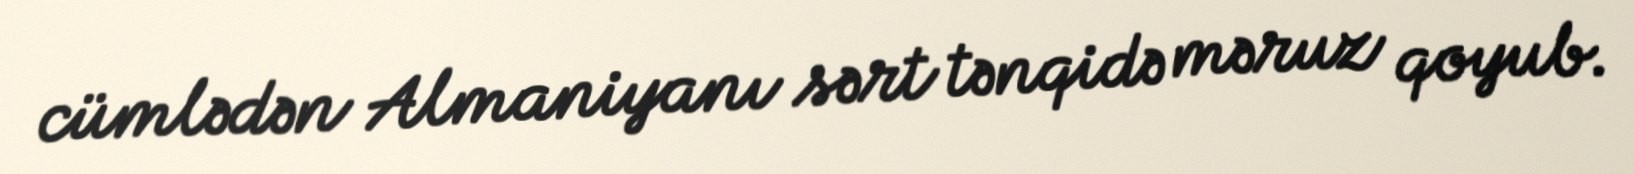
cümlədən Almaniyanı sərt tənqidə məruz qoyub.